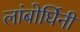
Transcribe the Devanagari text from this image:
लांबोर्घिनी